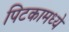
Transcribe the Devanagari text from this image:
पिटकामध्ये